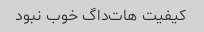
کیفیت هات‌داگ خوب نبود